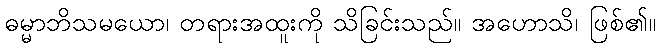
ဓမ္မာဘိသမယော၊ တရားအထူးကို သိခြင်းသည်။ အဟောသိ၊ ဖြစ်၏။